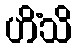
ဟိံသိ